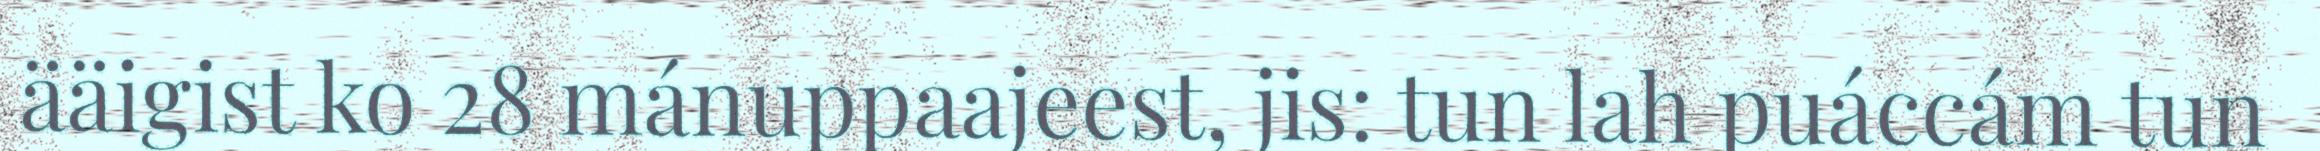
ääigist ko 28 mánuppaajeest, jis: tun lah puáccám tun